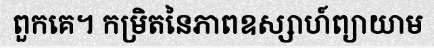
ពួកគេ។ កម្រិតនៃភាពឧស្សាហ៍ព្យាយាម